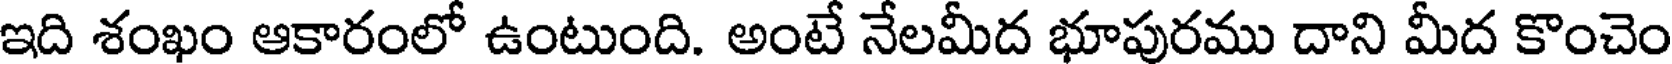
ఇది శంఖం ఆకారంలో ఉంటుంది. అంటే నేలమీద భూపురము దాని మీద కొంచెం